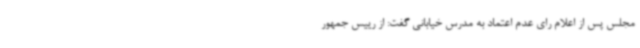
مجلس پس از اعلام رای عدم اعتماد به مدرس خیابانی گفت: از رییس جمهور